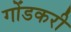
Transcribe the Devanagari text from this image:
गोंडकरी